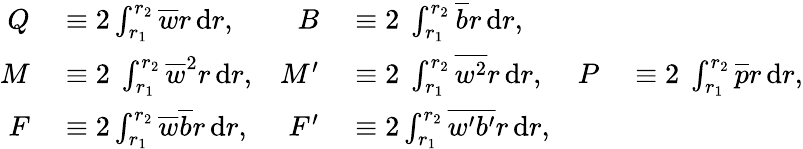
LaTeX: \begin{array}{rlrlrl}{Q}&{{}\equiv 2\int_{r_{1}}^{r_{2}}\overline{{w}}r\, \textnormal{d}r,}&{B}&{{}\equiv 2\ \int_{r_{1}}^{r_{2}}\overline{{b}}r\, \textnormal{d}r,}&{}&{{}}\\ {M}&{{}\equiv 2\ \int_{r_{1}}^{r_{2}}\overline{{w}}^{2}r\, \textnormal{d}r,}&{M^{\prime}}&{{}\equiv 2\ \int_{r_{1}}^{r_{2}}\overline{{w^{2}}}r\, \textnormal{d}r,}&{P}&{{}\equiv 2\ \int_{r_{1}}^{r_{2}}\overline{{p}}r\, \textnormal{d}r,}\\ {F}&{{}\equiv 2\int_{r_{1}}^{r_{2}}\overline{{w}}\overline{{b}}r\, \textnormal{d}r,}&{F^{\prime}}&{{}\equiv 2\int_{r_{1}}^{r_{2}}\overline{{w^{\prime}b^{\prime}}}r\, \textnormal{d}r,}&{}&{{}}\end{array}